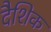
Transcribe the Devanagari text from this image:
दैशिक